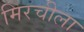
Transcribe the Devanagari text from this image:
मिरचीला